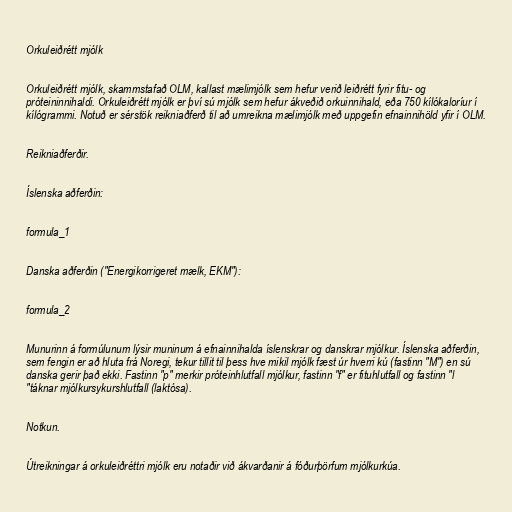
Orkuleiðrétt mjólk

Orkuleiðrétt mjólk, skammstafað OLM, kallast mælimjólk sem hefur verið leiðrétt fyrir fitu- og
próteininnihaldi. Orkuleiðrétt mjólk er því sú mjólk sem hefur ákveðið orkuinnihald, eða 750 kílókaloríur í
kílógrammi. Notuð er sérstök reikniaðferð til að umreikna mælimjólk með uppgefin efnainnihöld yfir í OLM.

Reikniaðferðir.

Íslenska aðferðin:

formula_1

Danska aðferðin ("Energikorrigeret mælk, EKM"):

formula_2

Munurinn á formúlunum lýsir muninum á efnainnihalda íslenskrar og danskrar mjólkur. Íslenska aðferðin,
sem fengin er að hluta frá Noregi, tekur tillit til þess hve mikil mjólk fæst úr hverri kú (fastinn "M") en sú
danska gerir það ekki. Fastinn "p" merkir próteinhlutfall mjólkur, fastinn "f" er fituhlutfall og fastinn "l
"táknar mjólkursykurshlutfall (laktósa).

Notkun.

Útreikningar á orkuleiðréttri mjólk eru notaðir við ákvarðanir á fóðurþörfum mjólkurkúa.